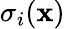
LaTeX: \sigma_{i}(\mathbf{x})